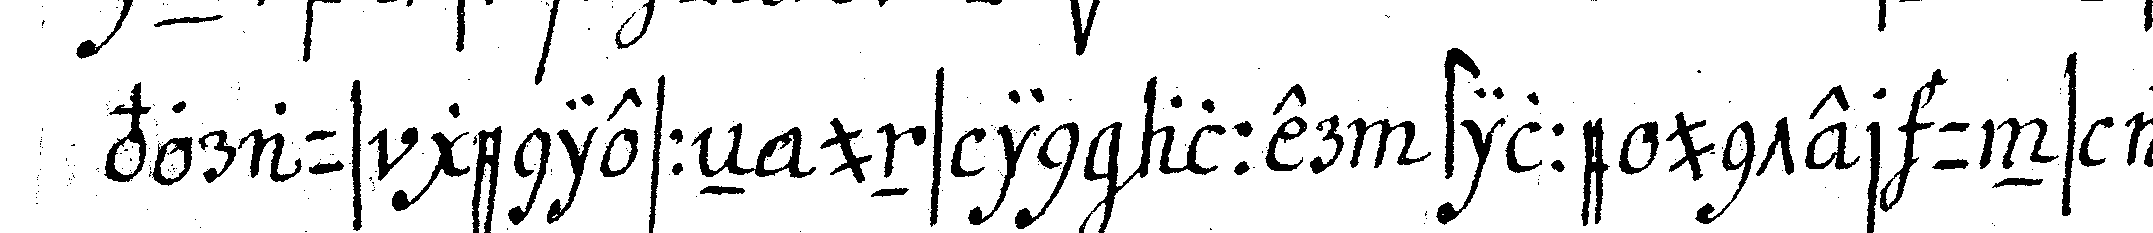
voraus geniesseN uns in aller stille unter uns all